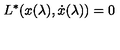
L ^ { * } ( x ( \lambda ) , { \dot { x } } ( \lambda ) ) = 0